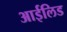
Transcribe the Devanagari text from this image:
आईलिड